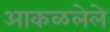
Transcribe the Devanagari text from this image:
आकळलेले